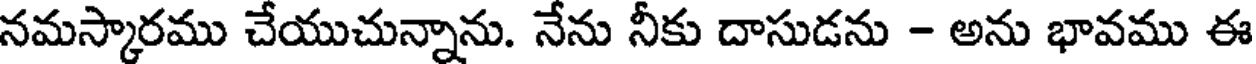
నమస్కారము చేయుచున్నాను. నేను నీకు దాసుడను - అను భావము ఈ